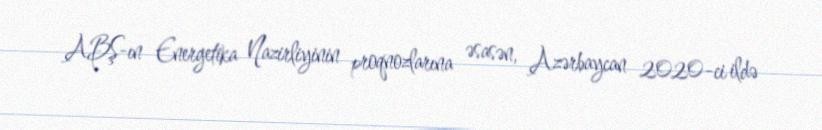
ABŞ-ın Energetika Nazirliyinin proqnozlarına əsasən, Azərbaycan 2020-ci ildə